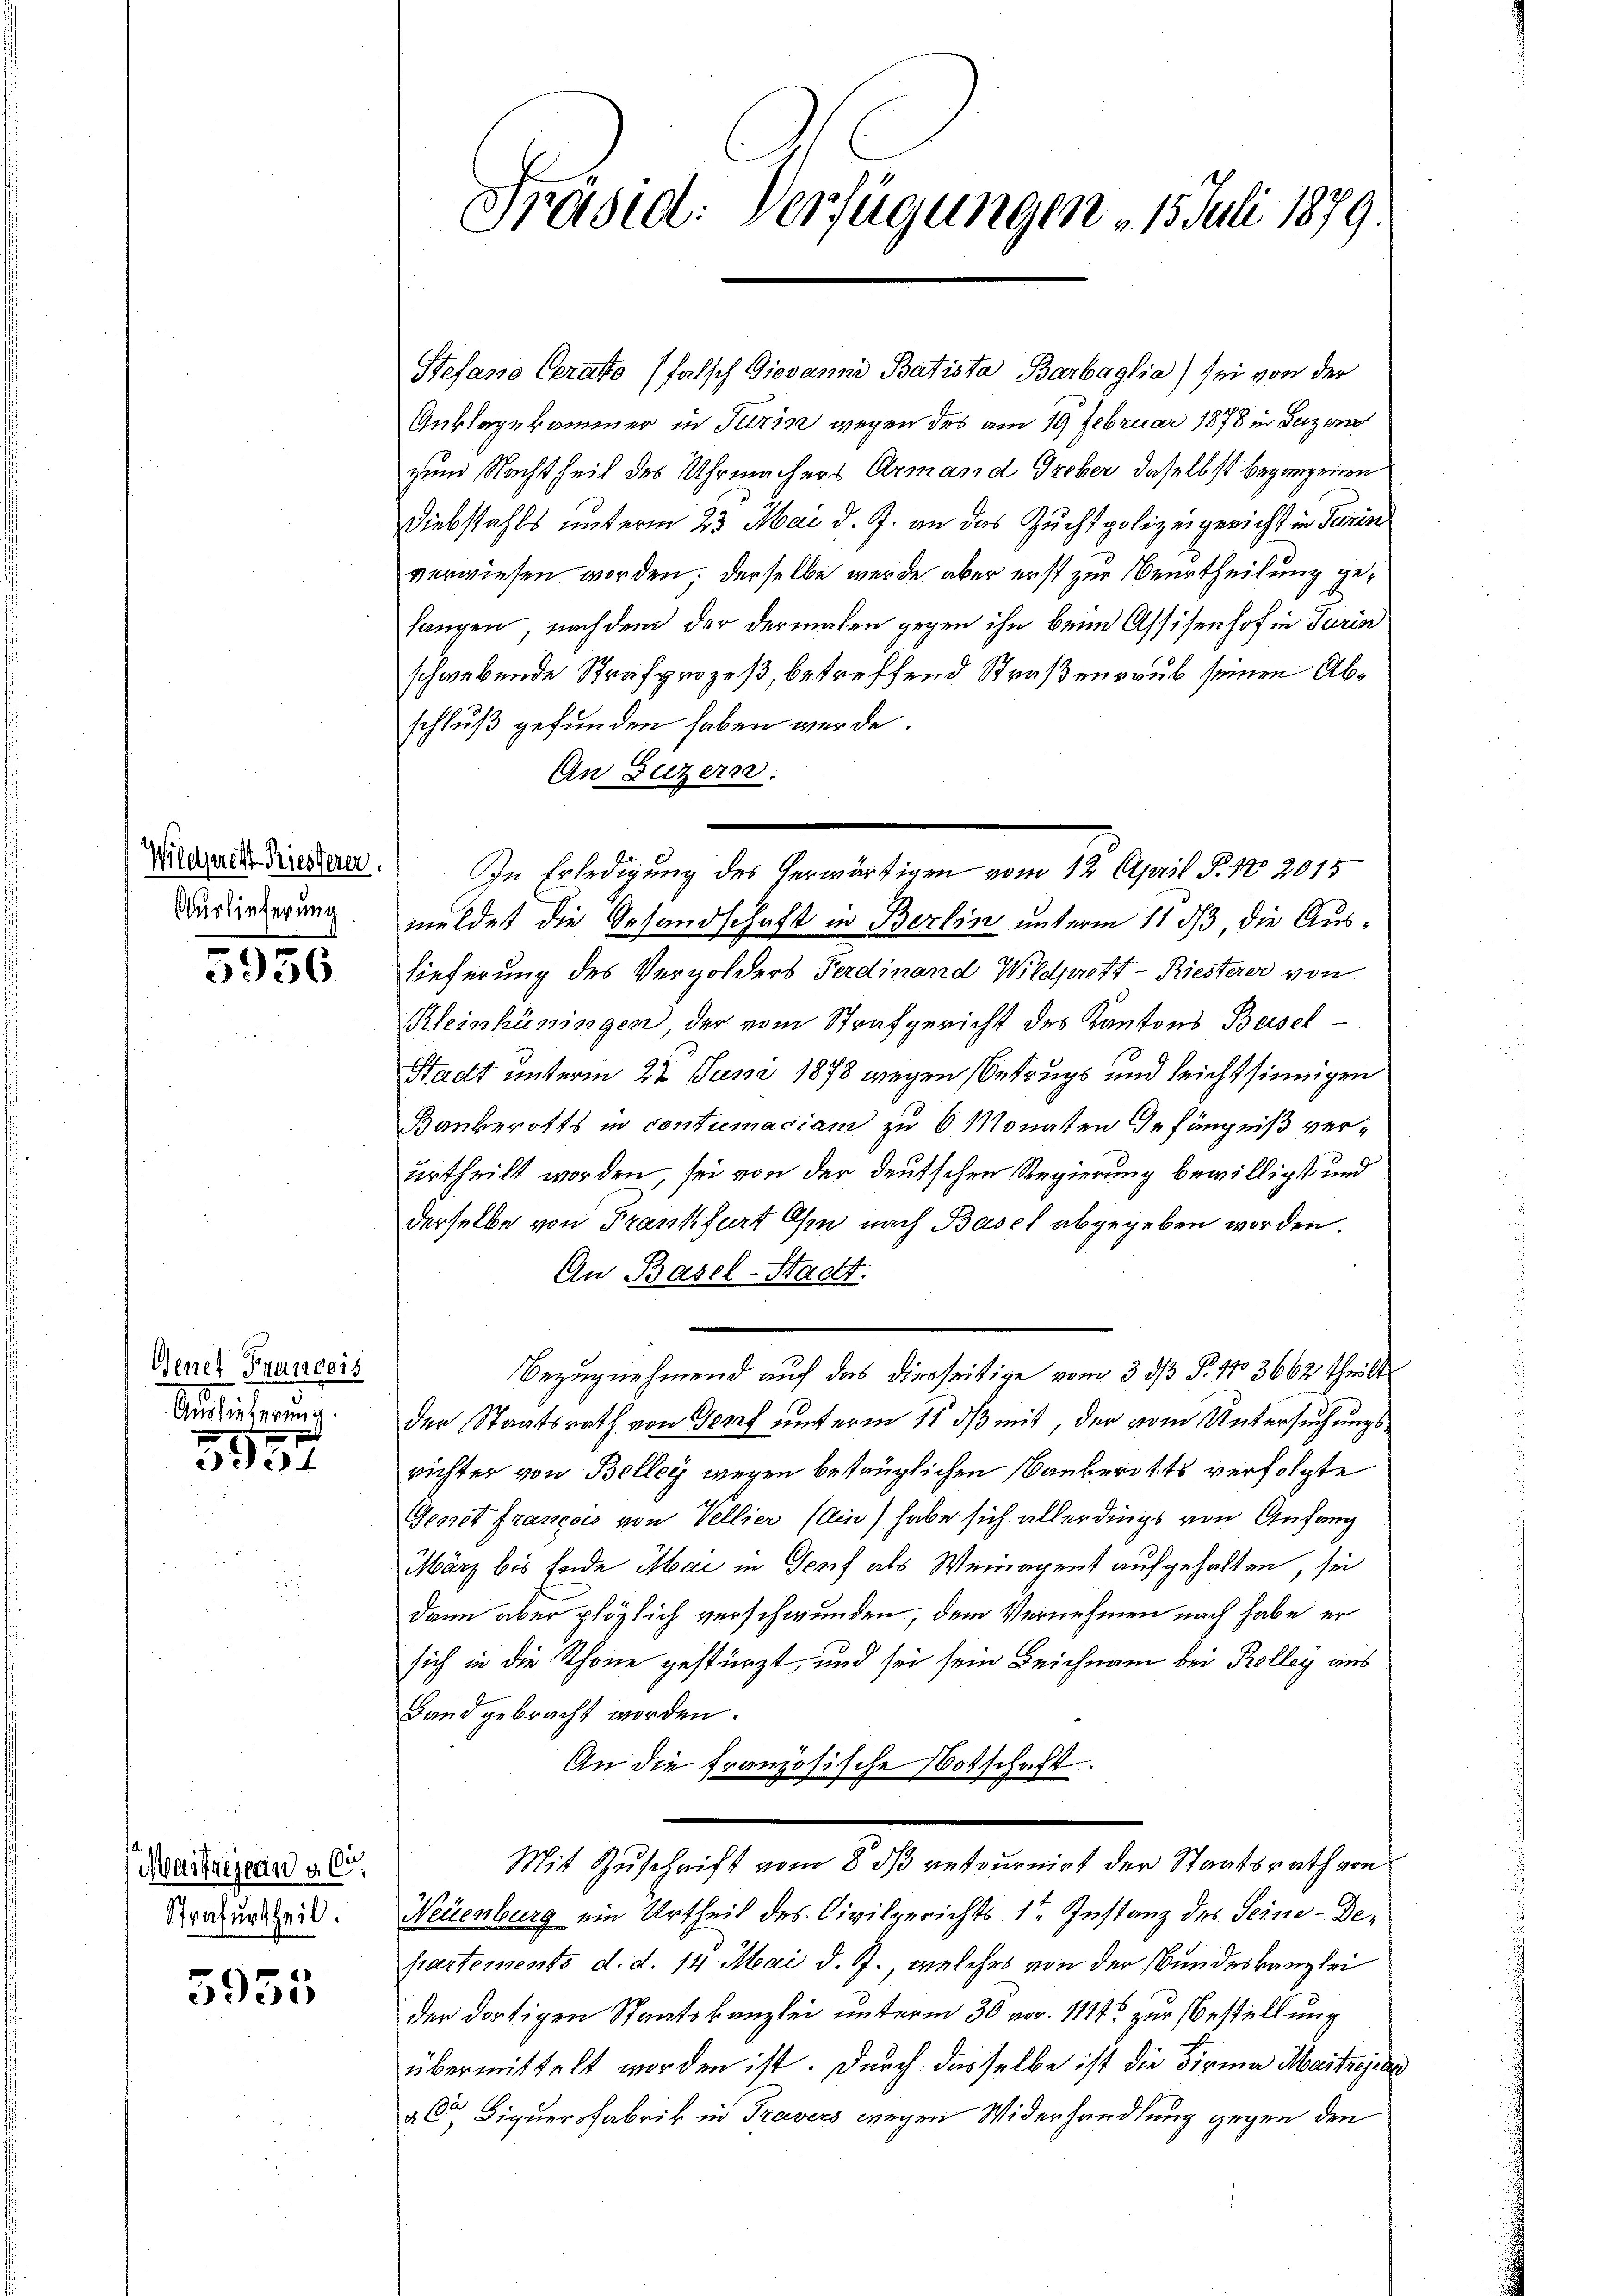
Wildsacht Priesterer.
Auslieferung

5956

Gener Francois
Ausicherung.

3557

Maifrejean v. 6.
Strafurtheil.

5955

Stefano Cerato falsch Giovanni Batista Barbaglia) sei von der
Anklagekammer in Turin wegen des am 19 Februar 1878 in Luzer
zum Nachtheit des Uhrmachers Armand Greber daselbst begangenen
Diebstahls unterm 23. Mai d. J. an das Zuchtpolizeigericht in Turins
verwiesen worden. Derselbe werde, aber erst zur Beurtheilung gehangen, nach dem der dermalen gegen ihn beim Assisenhof in Turin
schwebende Strafprozeß, betreffend Straßenraub seinen Abschluß gefunden haben werde.
An Luzern.
meldet die Gesandschaft in Berlin unterm 11 dß, die Aus¬
Lieferung des Vergolders Ferdinand Wildprett - Riesterer von
Kleinhüningen der vom Strafgericht des Kantons Beisel¬
Stadt unterm 22 Juni 1878 wegen Betrugs und leichtsinnigen
Bankerotts in contumaciam zu 6 Monaten Gefängniß verurtheilt worden, sei von der deutschen Regierung bewilligt und
derselbe von Frankfurt Ohr nach Basel abgegeben worden.
An Basel-Stadt.
Bezugnehmend auf das diesseitige vom 3. ds P. 110 3662 theilt
der Staatsrath von Genf unterm 11. ds mit, der vom Untersuchungsrichter von Belleg wegen betrüglichen Bauberotts verfolgte
Genet Francois von Vellier (ein) habe sich allerdings von Anfang
März bis Ende Mai in Torf als Weinagent aufgehalten, sei
dann aber plözlich verschwunden, dem Vernehmen nach habe er
sich in die Schöne gestürzt und sei sein Leichnam bei Kolleg aus
Band gebracht worden.
An die französische Botschaft.
Mit Zuschrift vom 8. ds retournirt der Staatsrath von
Neuenburg ein Urtheil des Civilgerichts 1te Instanz des Seine-Departements d. d. 14 Mai d. J. welches von der Bundeskanzlei
der dortigen Staatskanzlei unterm 30 vor. 111 zur Bestellung
übermittelt worden ist. Durch dasselbe ist die Firma Maitrejin
a. Ce Liquersfabrik in Travers wegen Widerhandlung gegen den

Fräsid: Verfügungen 15. Juli 1879.

In Erledigung des herwärtigen vom 12. April P. Nr. 2015